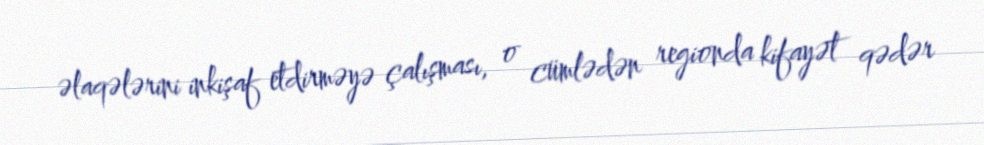
əlaqələrini inkişaf etdirməyə çalışması, o cümlədən regionda kifayət qədər